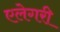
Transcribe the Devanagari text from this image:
एलेगरी